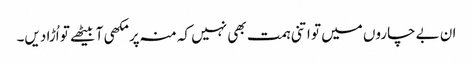
ان بے چاروں میں تو اتنی ہمت بھی نہیں کہ منہ پر مکھی آ بیٹھے تو اُڑا دیں۔